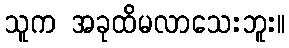
သူက အခုထိမလာသေးဘူး။